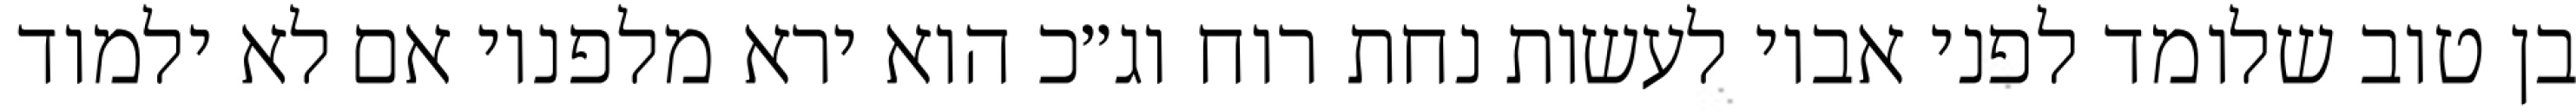
בן טוב שלומד לפני אביו לעשות נחת רוח וג״כ הוא ירא מלפניו אם לא ילמוד